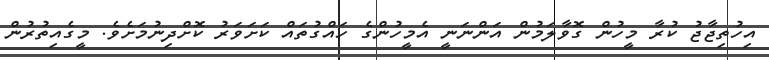
އިހުތިޖާޖު ކުރާ މީހުން ގޮވާލަމުން އަންނަނީ އެމީހުންގެ ހައްގުތައް ކަށަވަރު ކޮށްދިނުމަށެވެ. މީގެއިތުރުން